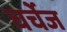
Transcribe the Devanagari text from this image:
चर्चेज